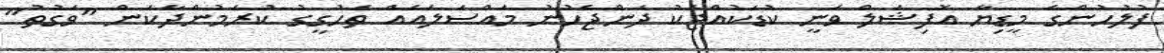
ފުލުހުންގެ މީޑިޔާ އޮފިޝަލް ވަނީ ކުޑަކުއްޖަކު ދަންޖެހުނު މައްސަލައެއް ތަހުގީގު ކުރަމުންދާކަން "ވަގުތު"